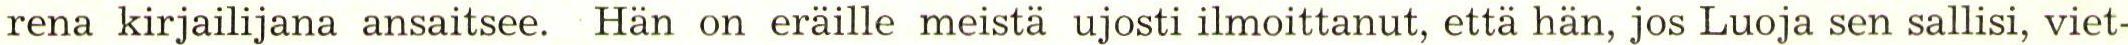
rena kirjailijana ansaitsee. Hän on eräille meistä ujosti ilmoittanut, että hän, jos Luoja sen sallisi, viet-